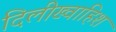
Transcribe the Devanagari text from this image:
दिलीख्वाहिश